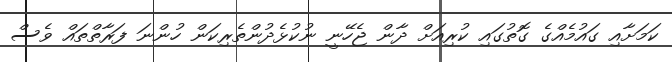
ކަމަށާއި ގައުމެއްގެ ގޮތުގައި ކުރިއަށް ދާން ޖެހޭނީ ނުކުޅެދުންތެރިކަން ހުންނަ ފަރާތްތައް ވެސް